Statistical return of the lunatic asylum in Assam - 1912-1932
Year: 1912
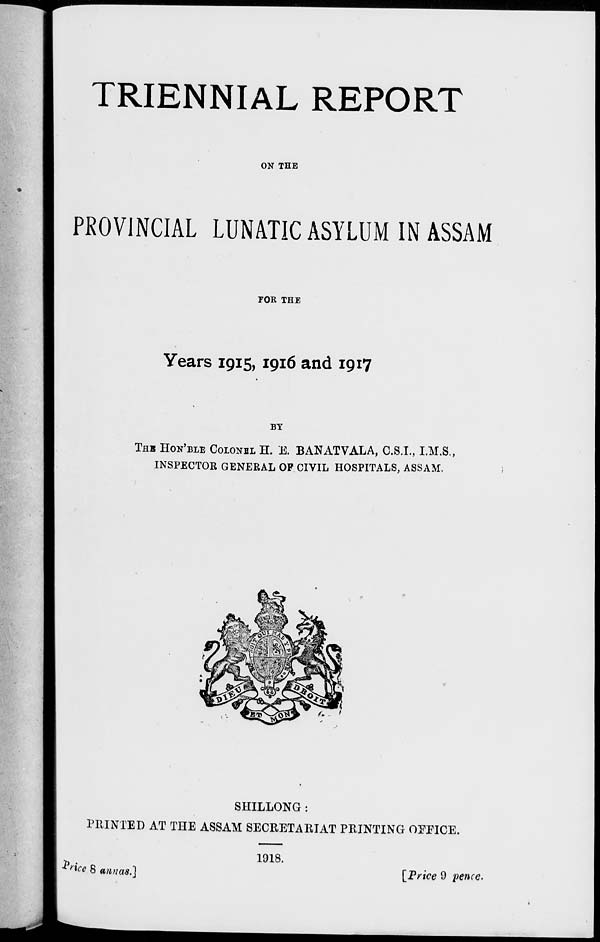
TRIENNIAL REPORT
ON THE
PROVINCIAL LUNATIC ASYLUM IN ASSAM
POR THE
Years 1915, 1916 and 1917
BY
THB HON'BLE COLONEL H. E. BANATVALA, C.S.I., I.M.S.,
INSPECTOR GENERAL OP CIVIL HOSPITALS, ASSAM.
SHILLONG :
PRINTED AT THE ASSAM SECRETARIAT PRINTING OFFICE.
1918.
rice 8 annas.]
[Price 9 pence.